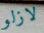
لازلو